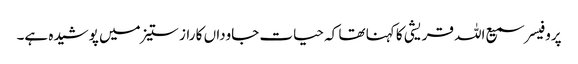
پروفیسر سمیع اللہ قریشی کا کہنا تھا کہ حیات جاوداں کا راز ستیز میں پوشیدہ ہے۔